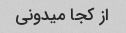
از کجا میدونی